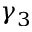
\gamma _ { 3 }